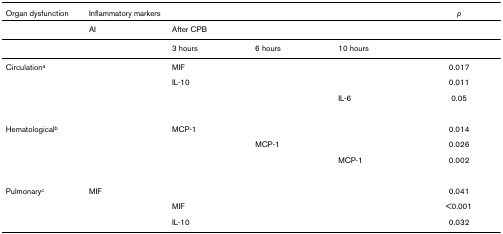
<table><thead><tr><td><b>Organ dysfunction</b></td><td colspan="4"><b>Inflammatory markers</b></td><td><b><i>p</i></b></td></tr></thead><tbody><tr><td></td><td>AI</td><td colspan="3">After CPB</td><td></td></tr><tr><td></td><td></td><td>3 hours</td><td>6 hours</td><td>10 hours</td><td></td></tr><tr><td>Circulation<sup>a</sup></td><td></td><td>MIF</td><td></td><td></td><td>0.017</td></tr><tr><td></td><td></td><td>IL-10</td><td></td><td></td><td>0.011</td></tr><tr><td></td><td></td><td></td><td></td><td>IL-6</td><td>0.05</td></tr><tr><td>Hematological<sup>b</sup></td><td></td><td>MCP-1</td><td></td><td></td><td>0.014</td></tr><tr><td></td><td></td><td></td><td>MCP-1</td><td></td><td>0.026</td></tr><tr><td></td><td></td><td></td><td></td><td>MCP-1</td><td>0.002</td></tr><tr><td>Pulmonary<sup>c</sup></td><td>MIF</td><td></td><td></td><td></td><td>0.041</td></tr><tr><td></td><td></td><td>MIF</td><td></td><td></td><td>&lt;0.001</td></tr><tr><td></td><td></td><td>IL-10</td><td></td><td></td><td>0.032</td></tr></tbody></table>